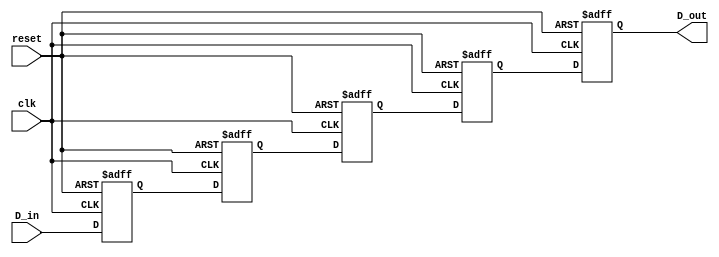
module multistage_register #(
    parameter WIDTH = 8,      // Width of the data bus
    parameter STAGES = 4      // Number of register stages
)(
    input  wire [WIDTH-1:0] D_in,    // Input data bus
    input  wire clk,                   // Clock signal
    input  wire reset,                 // Reset signal
    output reg [WIDTH-1:0] D_out       // Output data bus
);

    // Internal register array to hold data for each stage
    reg [WIDTH-1:0] registers [0:STAGES-1];

    integer i;

    always @(posedge clk or posedge reset) begin
        if (reset) begin
            // Reset all stages to zero
            for (i = 0; i < STAGES; i = i + 1) begin
                registers[i] <= {WIDTH{1'b0}};
            end
            D_out <= {WIDTH{1'b0}}; // Clear output
        end else begin
            // Shift data through the register stages
            registers[0] <= D_in; // Capture input data in the first stage
            for (i = 1; i < STAGES; i = i + 1) begin
                registers[i] <= registers[i-1]; // Shift data from previous stage
            end
            D_out <= registers[STAGES-1]; // Output from the last stage
        end
    end

endmodule